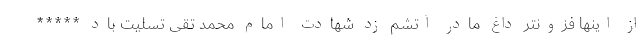
از اینها فزونتر داغ مادر آتشم زد شهادت امام محمد تقی تسلیت باد *****